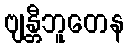
ဗျန္တီဘူတေန